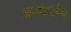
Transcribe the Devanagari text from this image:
अमंडसेन